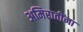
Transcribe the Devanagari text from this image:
अमिरातींना